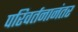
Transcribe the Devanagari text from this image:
परिवर्तनानंतर